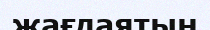
жағдаятын